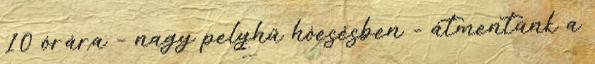
10 órára – nagy pelyhű hóesésben - átmentünk a